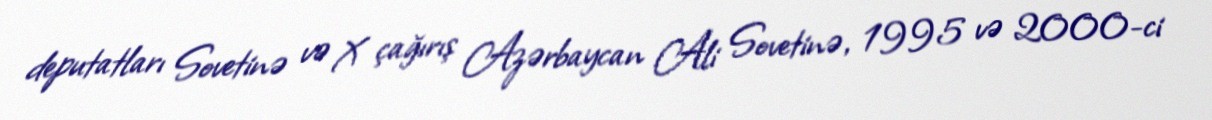
deputatları Sovetinə və X çağırış Azərbaycan Ali Sovetinə, 1995 və 2000-ci